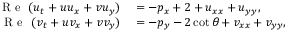
\begin{array} { r l } { \mathrm { ~ \textit ~ { ~ R ~ e ~ } ~ } ( u _ { t } + u u _ { x } + v u _ { y } ) } & { { } = - p _ { x } + 2 + u _ { x x } + u _ { y y } , } \\ { \mathrm { ~ \textit ~ { ~ R ~ e ~ } ~ } ( v _ { t } + u v _ { x } + v v _ { y } ) } & { { } = - p _ { y } - 2 \cot \theta + v _ { x x } + v _ { y y } , } \end{array}